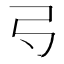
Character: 𢎚